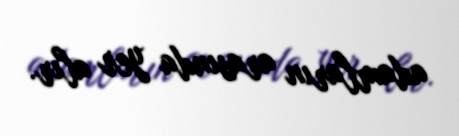
adamların arasında yer alır.